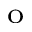
^ \mathrm { o }